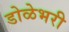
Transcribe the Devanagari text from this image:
डोळेभरी